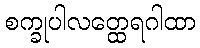
စက္ခုပါလတ္ထေရဂါထာ